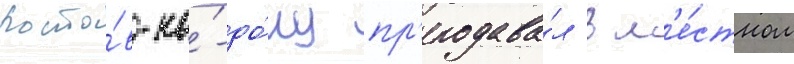
росто́в-на́-до́ну пр'еподава́л в м'е́стном